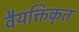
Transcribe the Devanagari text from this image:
वैयक्तिकृत